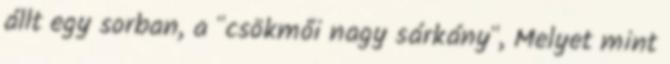
állt egy sorban, a "csökmői nagy sárkány", Melyet mint